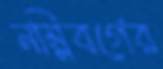
নম্নিবর্গের